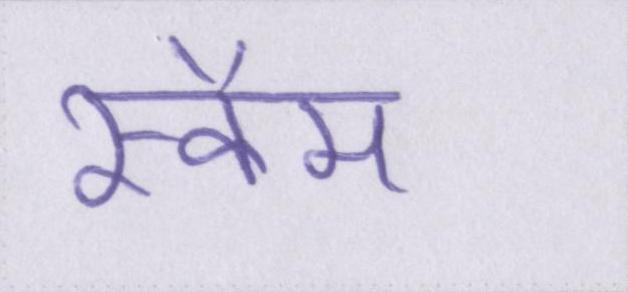
स्कैम